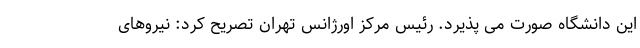
این دانشگاه صورت می پذیرد. رئیس مرکز اورژانس تهران تصریح کرد: نیروهای